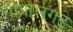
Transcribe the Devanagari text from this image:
गोपालगढ़